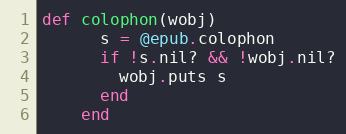
Language: Ruby
def colophon(wobj)
      s = @epub.colophon
      if !s.nil? && !wobj.nil?
        wobj.puts s
      end
    end